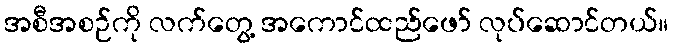
အစီအစဉ်ကို လက်တွေ့ အကောင်ထည်ဖော် လုပ်ဆောင်တယ်။